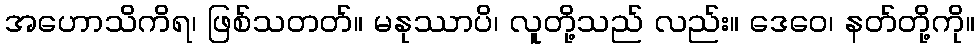
အဟောသိကိရ၊ ဖြစ်သတတ်။ မနုဿာပိ၊ လူတို့သည် လည်း။ ဒေဝေ၊ နတ်တို့ကို။